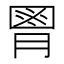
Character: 𦞅